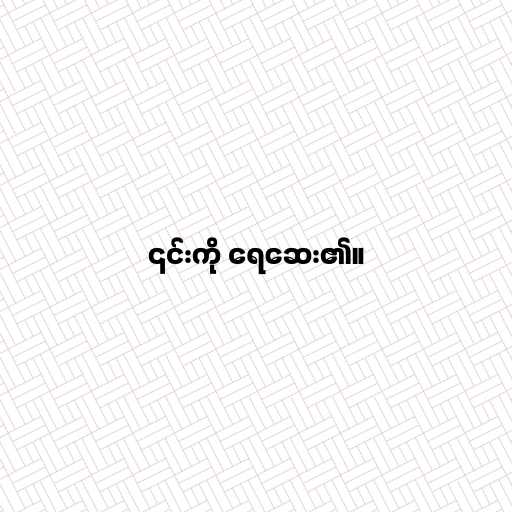
၎င်းကို ရေဆေး၏။